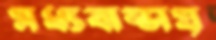
মধ্যবাড্ডায়